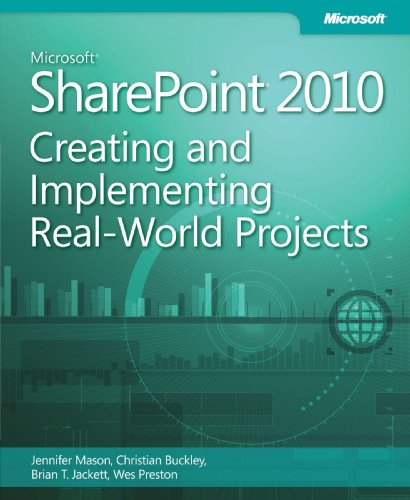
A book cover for Microsoft SharePoint 2010 Creating and Implementing Real World Projects; Jennifer Mason; Computers & Technology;